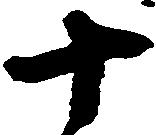
十